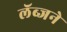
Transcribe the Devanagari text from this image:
लॅब्जने